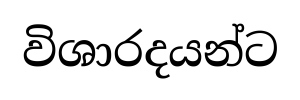
විශාරදයන්ට